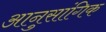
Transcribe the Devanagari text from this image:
आनुसांगिक